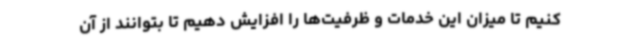
کنیم تا میزان این خدمات و ظرفیت‌ها را افزایش دهیم تا بتوانند از آن